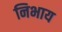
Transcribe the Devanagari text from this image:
निभाय